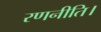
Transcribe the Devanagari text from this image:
रणनीति।